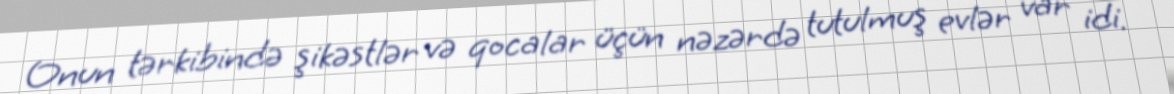
Onun tərkibində şikəstlər və qocalar üçün nəzərdə tutulmuş evlər var idi.